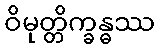
ဝိမုတ္တိက္ခန္ဓဿ